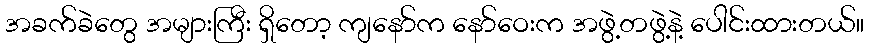
အခက်ခဲတွေ အများကြီး ရှိတော့ ကျနော်က နော်ဝေးက အဖွဲ့တဖွဲ့နဲ့ ပေါင်းထားတယ်။